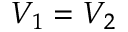
V _ { 1 } = V _ { 2 }